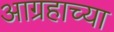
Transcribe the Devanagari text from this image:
आग्रहाच्या